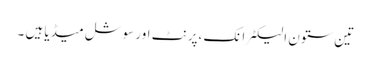
تین ستون الیکٹرانک ،پرنٹ اور سوشل میڈیا ہیں ۔